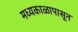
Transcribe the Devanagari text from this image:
मध्यकाळापासून